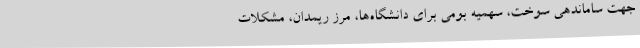
جهت ساماندهی سوخت، سهمیه بومی برای دانشگاه‌ها، مرز ریمدان، مشکلات